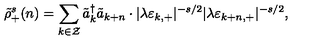
\tilde { \rho } _ { + } ^ { s } ( n ) = \sum _ { k \in \cal Z } \tilde { a } _ { k } ^ { \dagger } \tilde { a } _ { k + n } \cdot | \lambda \varepsilon _ { k , + } | ^ { - s / 2 } | \lambda \varepsilon _ { k + n , + } | ^ { - s / 2 } ,